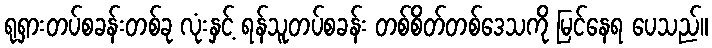
ရုရှားတပ်စခန်းတစ်ခု လုံးနှင့် ရန်သူတပ်စခန်း တစ်စိတ်တစ်ဒေသကို မြင်နေရ ပေသည်။